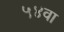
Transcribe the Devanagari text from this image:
५४वा